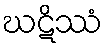
ဃဋိဿံ